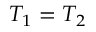
T _ { 1 } = T _ { 2 }